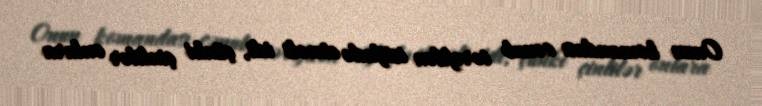
Onun komandası cənub tərəfdən istifadə etməli idi, çünki çinlilər onlara